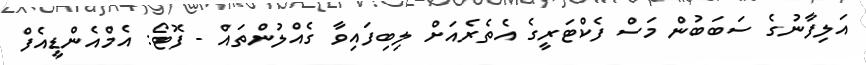
އަލިފާނުގެ ސަބަބުން މަސް ފެކްޓަރީގެ އެތެރެއަށް ލިބިފައިވާ ގެއްލުންތައް - ފޮޓޯ: އެމްއެންޑީއެފް